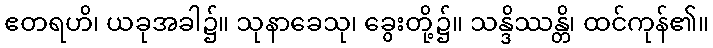
ဧတရဟိ၊ ယခုအခါ၌။ သုနာခေသု၊ ခွေးတို့၌။ သန္ဒိဿန္တိ၊ ထင်ကုန်၏။